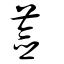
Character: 薟